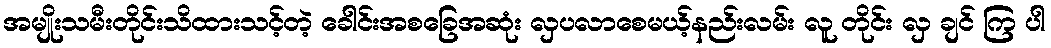
အမျိုးသမီးတိုင်းသိထားသင့်တဲ့ ခေါင်းအစခြေအဆုံး လှပလာစေမယ့်နည်းလမ်း လူ တိုင်း လှ ချင် ကြ ပါ